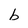
Character: b